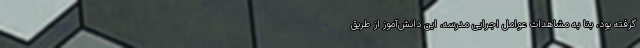
گرفته بود، بنا به مشاهدات عوامل اجرایی مدرسه، این دانش‌آموز از طریق